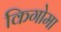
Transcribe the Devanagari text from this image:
किगोमा